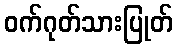
ဝက်ဂုတ်သားပြုတ်